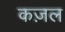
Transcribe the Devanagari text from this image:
कज़ल